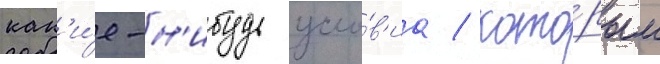
как'и́е-н'ибудь усло́в'иа / кото́рым